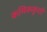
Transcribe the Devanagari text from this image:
कमिककुशी